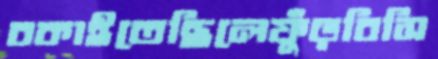
বকাইতেছিলেফুঁড়বিসি